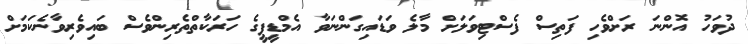
ދުވަހު އޮންނަ ރަށްވެހި ފަތިސް ފެސްޓިވަލަށް މާލެ ވަޑައިގަންނަވާ އެމްޑީޕީގެ ހަރަކާތްތެރިންވެސް ބައިވެރިވާނެކަމަށް